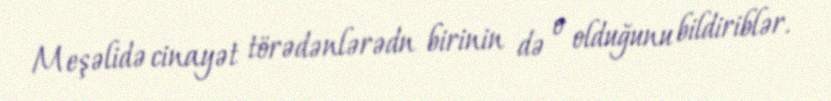
Meşəlidə cinayət törədənlərədn birinin də o olduğunu bildiriblər.